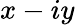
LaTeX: x-iy